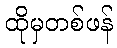
ထိုမှတစ်ဖန်